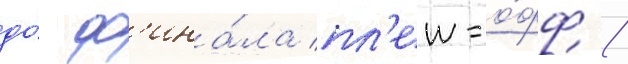
до́ ф'ина́ла пл'еи-о́фф /